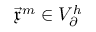
\vec { \mathfrak { x } } ^ { m } \in V _ { \partial } ^ { h }